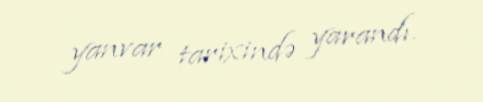
yanvar tarixində yarandı.